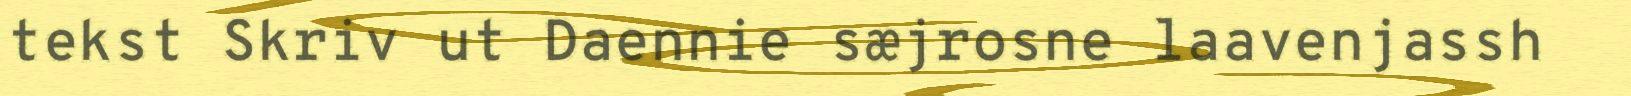
tekst Skriv ut Daennie sæjrosne laavenjassh